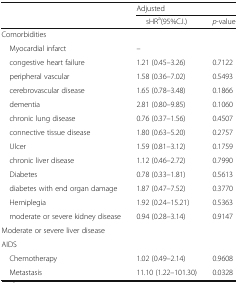
<table><thead><tr><td rowspan="2"></td><td colspan="2"><b>Adjusted</b></td></tr><tr><td><b>sHR<sup>a</sup>(95%C.I.)</b></td><td><b><i>p</i>-value</b></td></tr></thead><tbody><tr><td colspan="3">Comorbidities</td></tr><tr><td> Myocardial infarct</td><td>–</td><td></td></tr><tr><td> congestive heart failure</td><td>1.21 (0.45–3.26)</td><td>0.7122</td></tr><tr><td> peripheral vascular</td><td>1.58 (0.36–7.02)</td><td>0.5493</td></tr><tr><td> cerebrovascular disease</td><td>1.65 (0.78–3.48)</td><td>0.1866</td></tr><tr><td> dementia</td><td>2.81 (0.80–9.85)</td><td>0.1060</td></tr><tr><td> chronic lung disease</td><td>0.76 (0.37–1.56)</td><td>0.4507</td></tr><tr><td> connective tissue disease</td><td>1.80 (0.63–5.20)</td><td>0.2757</td></tr><tr><td> Ulcer</td><td>1.59 (0.81–3.12)</td><td>0.1759</td></tr><tr><td> chronic liver disease</td><td>1.12 (0.46–2.72)</td><td>0.7990</td></tr><tr><td> Diabetes</td><td>0.78 (0.33–1.81)</td><td>0.5613</td></tr><tr><td> diabetes with end organ damage</td><td>1.87 (0.47–7.52)</td><td>0.3770</td></tr><tr><td> Hemiplegia</td><td>1.92 (0.24–15.21)</td><td>0.5363</td></tr><tr><td> moderate or severe kidney disease</td><td>0.94 (0.28–3.14)</td><td>0.9147</td></tr><tr><td colspan="3">Moderate or severe liver disease</td></tr><tr><td colspan="3">AIDS</td></tr><tr><td> Chemotherapy</td><td>1.02 (0.49–2.14)</td><td>0.9608</td></tr><tr><td> Metastasis</td><td>11.10 (1.22–101.30)</td><td>0.0328</td></tr></tbody></table>